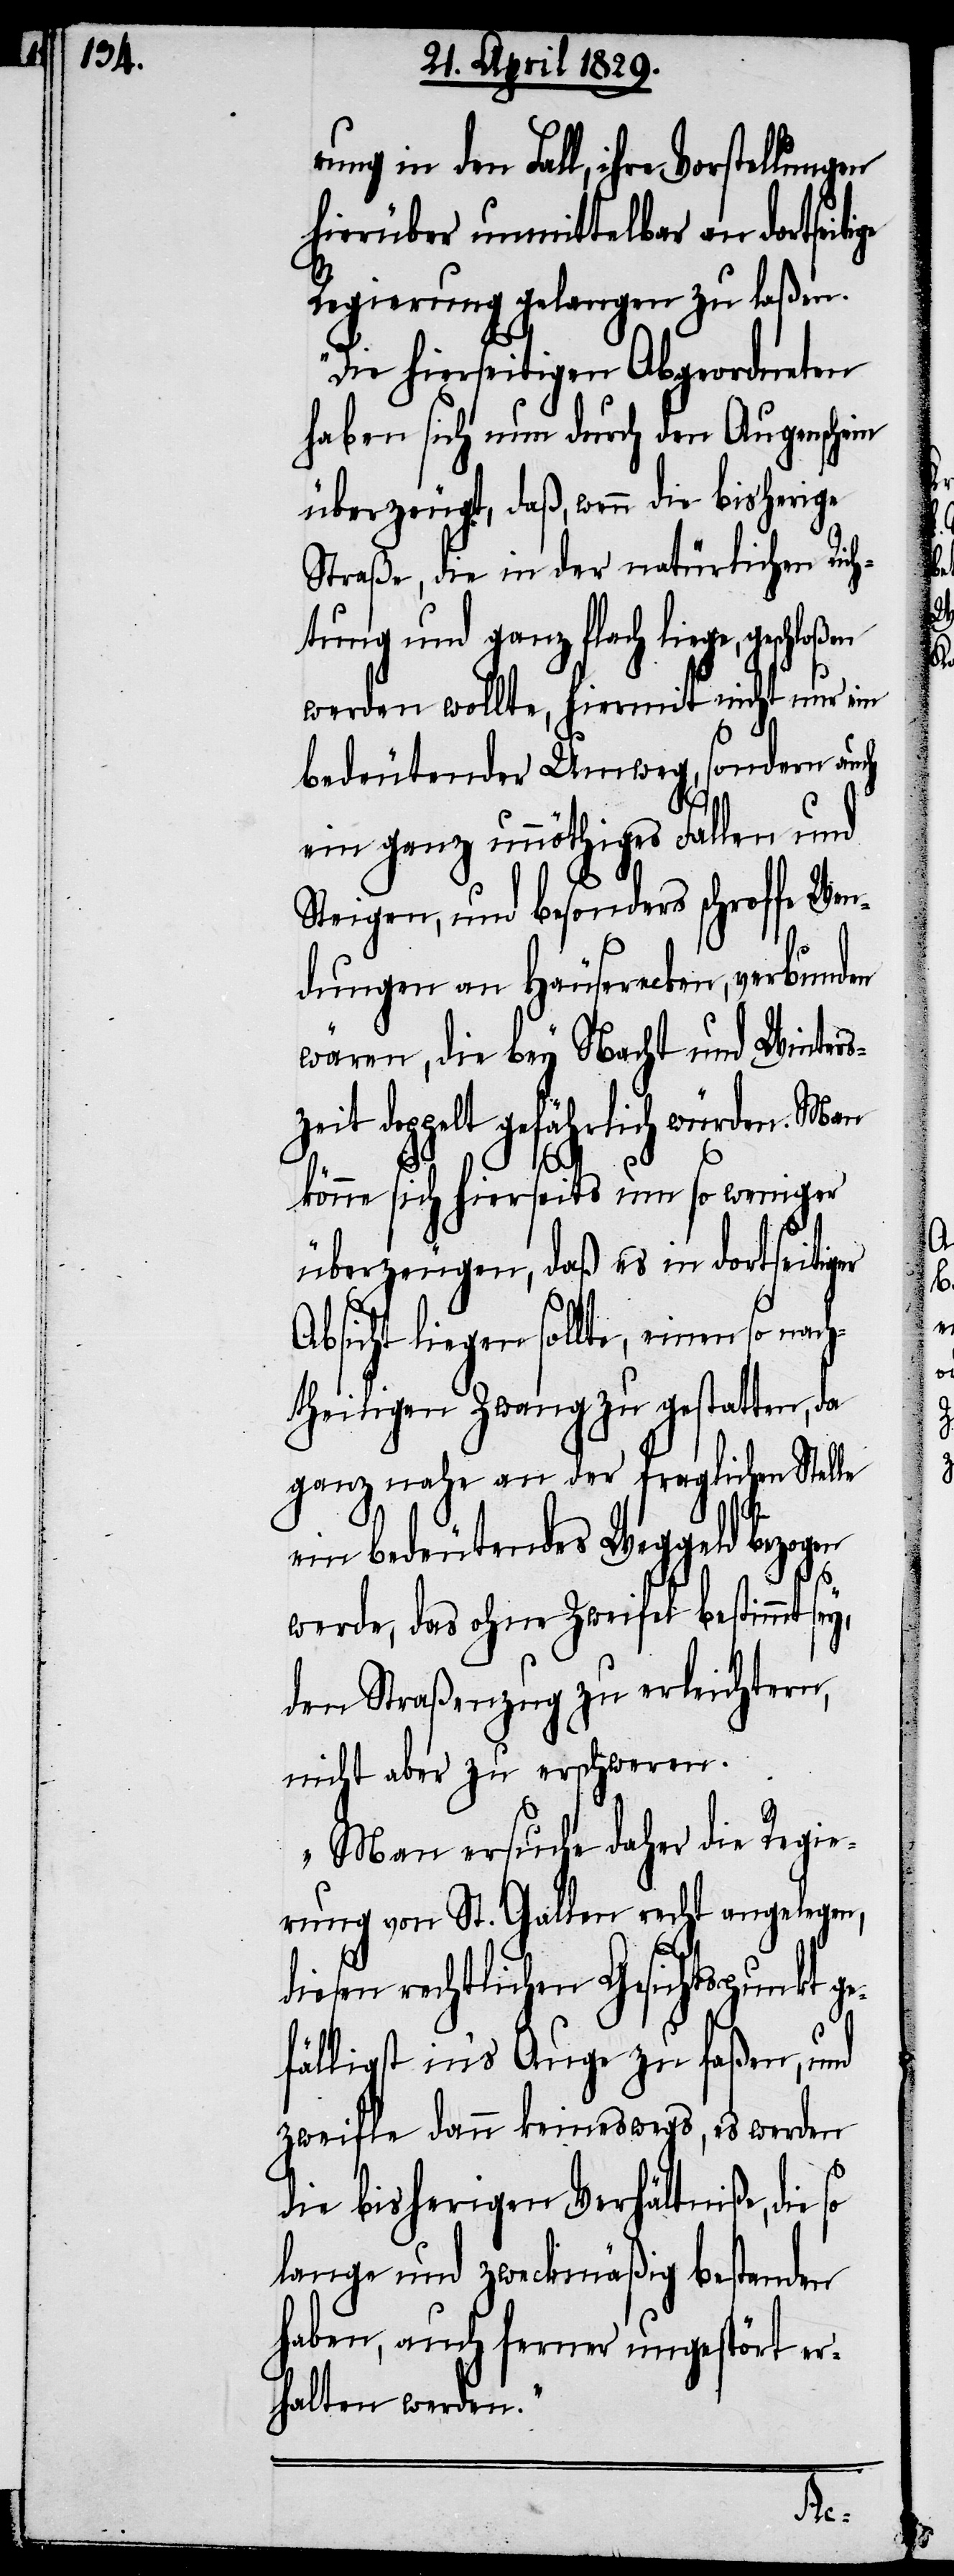
rung in den Fall, ihre Vorstellungen
hierüber unmittelbar an dortseit¬
Regierung gelangen zu laßen.
Die hierseitigen Abgeordneten
haben sich nun durch den Augenschein
überzeugt, daß, wenn die bisherige
Straße, die in der natürlichen Rich¬
tung und ganz flach liege, geschlo¬
werden wollte, hiermit nicht nur ein
bedeutender Umweg, sondern auch
ige
ein ganz unnöthiges Fallen und
Steigen, und besonders schroffe Wen¬
dungen an Häuserecken, verbunden
wären, die bey Nacht und Winters¬
zeit doppelt gefährlich würden. Man
könne sich hierseits um so weniger
überzeugen, daß es in dortseitiger
Absicht liegen sollte, einen so nach¬
theiligen Zwang zu gestatten, da
ganz nahe an der fraglichen Stelle
ein bedeutendes Weggeld bezogen
werde, das ohne Zweifel bestimmt sey,
den Straßenzug zu erleichtern,
nicht aber zu erschweren.
Man ersuche daher die Regie¬
rung von St. Gallen recht angelegen,
diesen rechtlichen Gesichtspunkt ge¬
fälligst in’s Auge zu faßen, und
zweifle dann keineswegs, es werden
die bisherigen Verhältniße, die
lange und zweckmäßig bestanden
haben, auch ferner ungestört er¬
halten werden.“
ßen